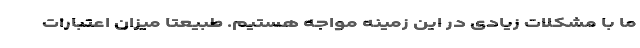
ما با مشکلات زیادی در این زمینه مواجه هستیم. طبیعتا میزان اعتبارات